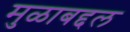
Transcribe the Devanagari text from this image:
मुळाबद्दल